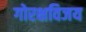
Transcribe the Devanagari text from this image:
गोरक्षविजय